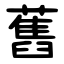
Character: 舊